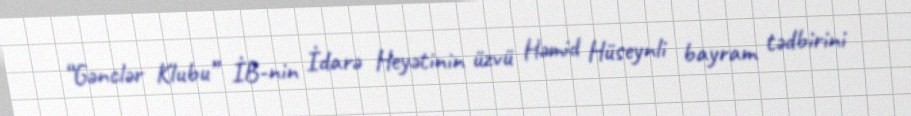
“Gənclər Klubu” İB-nin İdarə Heyətinin üzvü Həmid Hüseynli bayram tədbirini